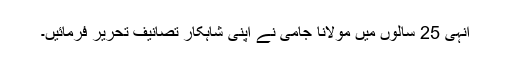
اِنہی 25 سالوں میں مولانا جامی نے اپنی شاہکار تصانیف تحریر فرمائیں۔